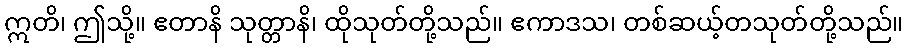
ဣတိ၊ ဤသို့။ ဧတာနိ သုတ္တာနိ၊ ထိုသုတ်တို့သည်။ ဧကာဒသ၊ တစ်ဆယ့်တသုတ်တို့သည်။